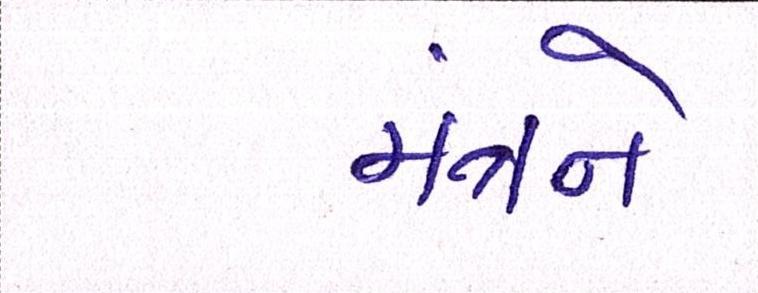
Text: મંત્રને